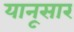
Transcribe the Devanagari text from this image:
यानूसार